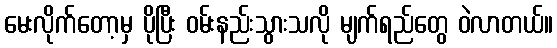
မေးလိုက်တော့မှ ပိုပြီး ဝမ်းနည်းသွားသလို မျက်ရည်တွေ ဝဲလာတယ်။